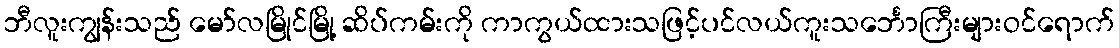
ဘီလူးကျွန်းသည် မော်လမြိုင်မြို့ ဆိပ်ကမ်းကို ကာကွယ်ထားသဖြင့်ပင်လယ်ကူးသင်္ဘောကြီးများဝင်ရောက်